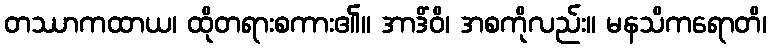
တဿာကထာယ၊ ထိုတရားစကား၏။ အာဒိံဝိ၊ အစကိုလည်း။ မနသိကရောတိ၊